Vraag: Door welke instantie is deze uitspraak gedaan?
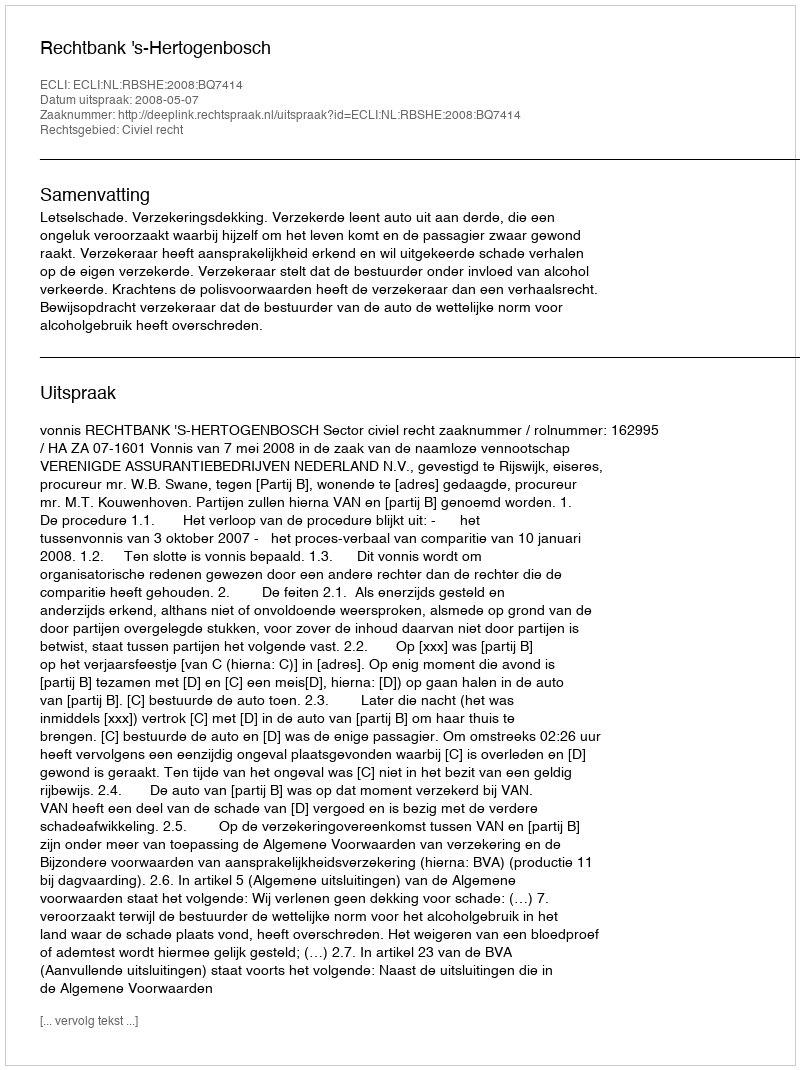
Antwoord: Rechtbank 's-Hertogenbosch